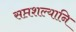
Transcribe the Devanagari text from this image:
सप्तशल्यानि